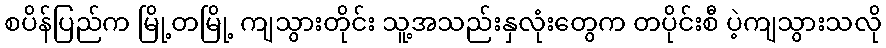
စပိန်ပြည်က မြို့တမြို့ ကျသွားတိုင်း သူ့အသည်းနှလုံးတွေက တပိုင်းစီ ပဲ့ကျသွားသလို